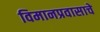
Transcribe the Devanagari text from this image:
विमानप्रवासाचे